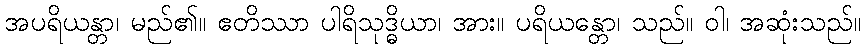
အပရိယန္တာ၊ မည်၏။ ဧတိဿာ ပါရိသုဒ္ဓိယာ၊ အား။ ပရိယန္တော၊ သည်။ ဝါ၊ အဆုံးသည်။